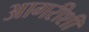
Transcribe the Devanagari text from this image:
आगरीशीं